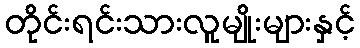
တိုင်းရင်းသားလူမျိုးများနှင့်